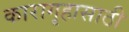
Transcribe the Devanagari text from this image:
कारागृहासाठी